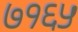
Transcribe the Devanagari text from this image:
७१६५